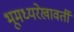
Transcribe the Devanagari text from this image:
भूमध्यरेखावर्ती